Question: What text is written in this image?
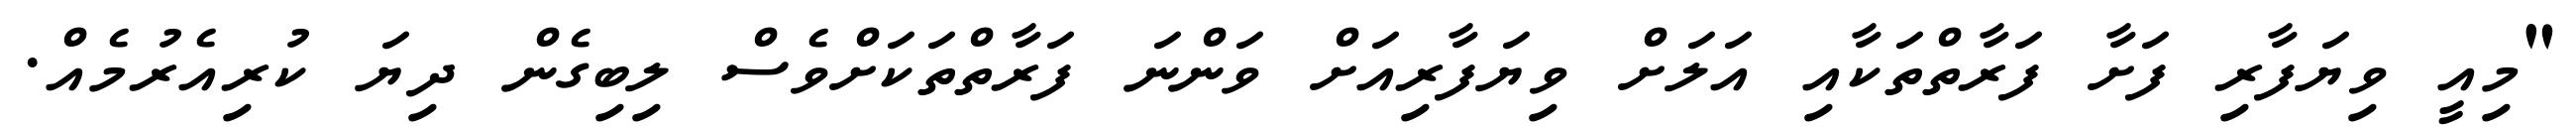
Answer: "މިއީ ވިޔަފާރި ފަށާ ފަރާތްތަކާއި އަލަށް ވިޔަފާރިއަށް ވަންނަ ފަރާތްތަކަށްވެސް ލިބިގެން ދިޔަ ކުރިއެރުމެއް.